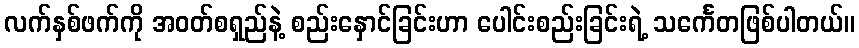
လက်နှစ်ဖက်ကို အဝတ်စရှည်နဲ့ စည်းနှောင်ခြင်းဟာ ပေါင်းစည်းခြင်းရဲ့ သင်္ကေတဖြစ်ပါတယ်။